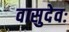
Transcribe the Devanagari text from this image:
वासुदेवः